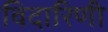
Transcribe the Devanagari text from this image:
विदारिणी